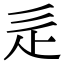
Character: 辵